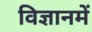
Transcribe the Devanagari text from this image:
विज्ञानमें